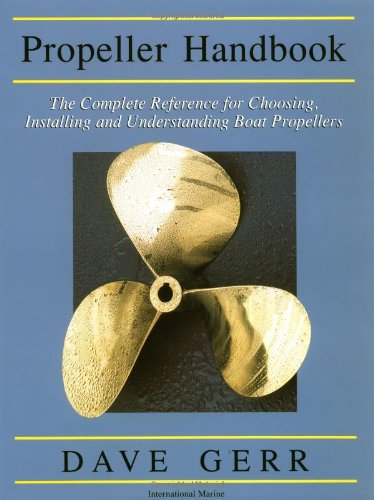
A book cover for The Propeller Handbook: The Complete Reference for Choosing, Installing, and Understanding Boat Propellers; Dave Gerr; Engineering & Transportation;